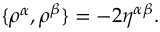
\{ \rho ^ { \alpha } , \rho ^ { \beta } \} = - 2 \eta ^ { \alpha \beta } .